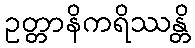
ဥတ္တာနိကရိဿန္တိ